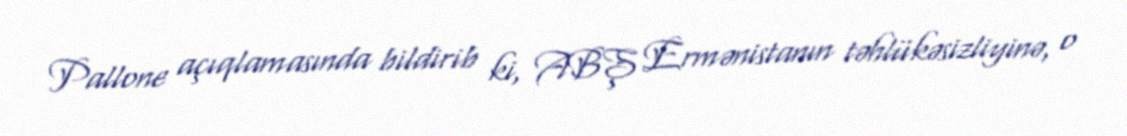
Pallone açıqlamasında bildirib ki, ABŞ Ermənistanın təhlükəsizliyinə, o